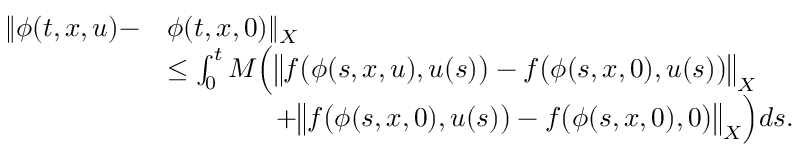
\begin{array} { r l } { \| \phi ( t , x , u ) - } & { \phi ( t , x , 0 ) \| _ { X } } \\ & { \leq \int _ { 0 } ^ { t } M \Big ( \big \| f \big ( \phi ( s , x , u ) , u ( s ) \big ) - f \big ( \phi ( s , x , 0 ) , u ( s ) \big ) \big \| _ { X } } \\ & { \qquad \qquad + \big \| f \big ( \phi ( s , x , 0 ) , u ( s ) \big ) - f \big ( \phi ( s , x , 0 ) , 0 \big ) \big \| _ { X } \Big ) d s . } \end{array}